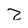
Character: Z